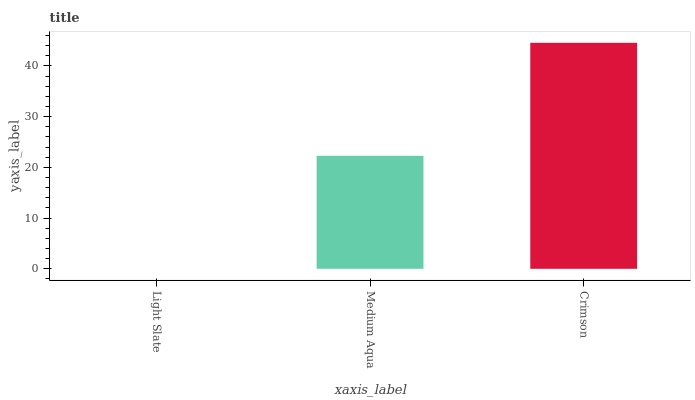
| xaxis_label | bars |
 | --- | --- |
 | Light Slate | 0 |
 | Medium Aqua | 22.3 |
 | Crimson | 44.6 |